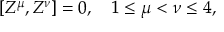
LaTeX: [ Z ^ { \mu } , Z ^ { \nu } ] = 0 , \quad 1 \leq \mu < \nu \leq 4 ,